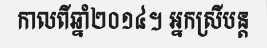
កាលពីឆ្នាំ២០១៤។ អ្នកស្រីបន្ត